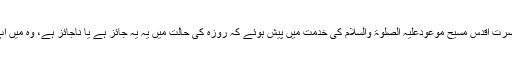
کچھ سوال حضرت اقدس مسیح موعودعلیہ الصلوٰۃ والسلام کی خدمت میں پیش ہوئے کہ روزہ کی حالت میں یہ یہ جائز ہے یا ناجائز ہے، وہ مَیں آپ کو بتاتاہوں۔